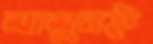
মামুনই